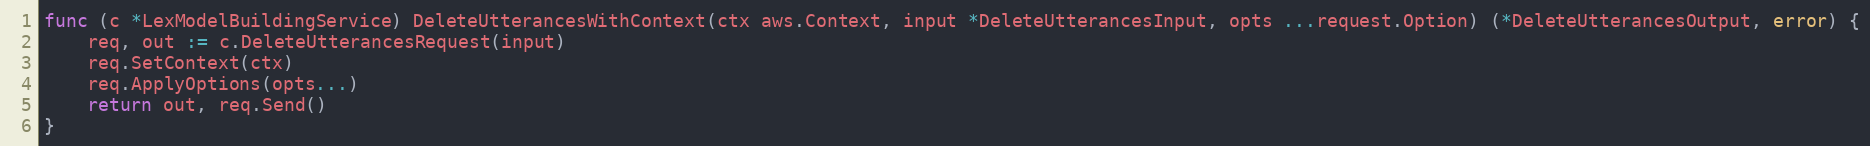
Language: Go
func (c *LexModelBuildingService) DeleteUtterancesWithContext(ctx aws.Context, input *DeleteUtterancesInput, opts ...request.Option) (*DeleteUtterancesOutput, error) {
	req, out := c.DeleteUtterancesRequest(input)
	req.SetContext(ctx)
	req.ApplyOptions(opts...)
	return out, req.Send()
}